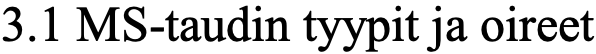
3.1 MS-taudin tyypit ja oireet